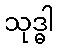
သုဒ္ဓါ